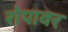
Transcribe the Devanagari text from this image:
रोपावर